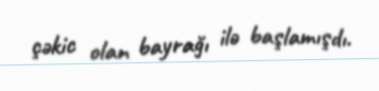
çəkic olan bayrağı ilə başlamışdı.